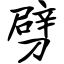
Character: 劈